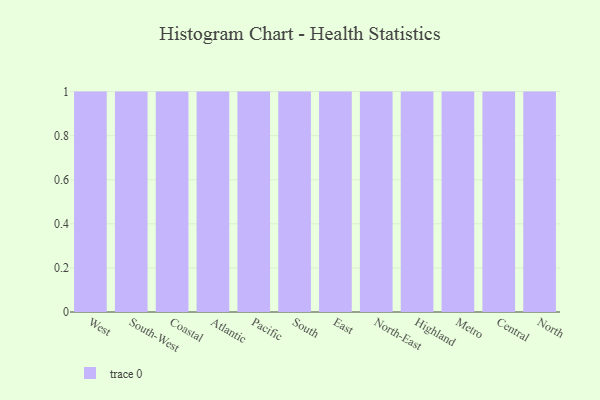
{"axis": {"x": "Region", "y": "Net Income (USD K)"}, "legend": [""], "data": [{"x": "West", "y": 85, "type": ""}, {"x": "South-West", "y": 28, "type": ""}, {"x": "Coastal", "y": 96, "type": ""}, {"x": "Atlantic", "y": 77, "type": ""}, {"x": "Pacific", "y": 50, "type": ""}, {"x": "South", "y": 12, "type": ""}, {"x": "East", "y": 99, "type": ""}, {"x": "North-East", "y": 22, "type": ""}, {"x": "Highland", "y": 52, "type": ""}, {"x": "Metro", "y": 95, "type": ""}, {"x": "Central", "y": 57, "type": ""}, {"x": "North", "y": 86, "type": ""}]}